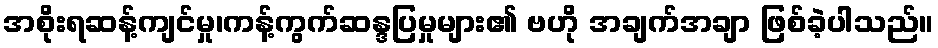
အစိုးရဆန့်ကျင်မှု၊ကန့်ကွက်ဆန္ဒပြမှုများ၏ ဗဟို အချက်အချာ ဖြစ်ခဲ့ပါသည်။